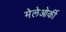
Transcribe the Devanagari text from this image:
मेलेओर्की